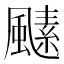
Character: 𩘣